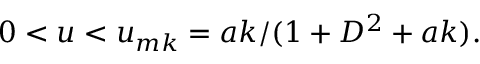
0 < u < u _ { m k } = a k / ( 1 + D ^ { 2 } + a k ) .